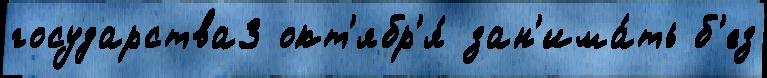
государства3 окт'ябр'я́ зан'има́ть б'ез